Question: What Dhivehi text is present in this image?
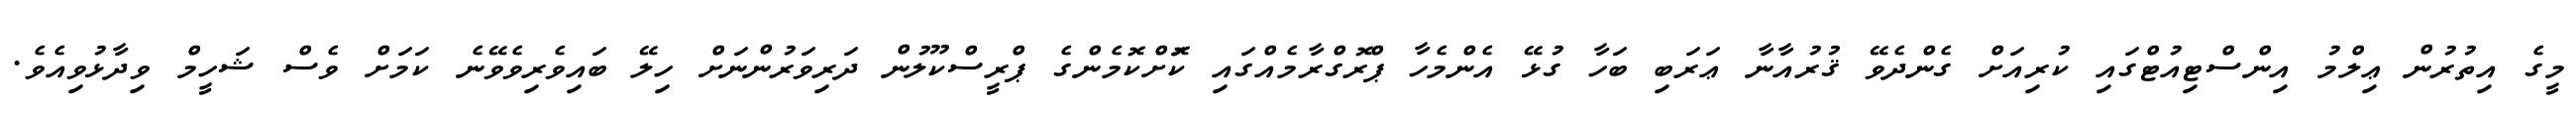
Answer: މީގެ އިތުރުން ޢިލްމު އިންސްޓިއުޓްގައި ކުރިއަށް ގެންދެވޭ ޤުރުއާނާ ޢަރަބި ބަހާ ގުޅޭ އެންމެހާ ޕްރޮގްރާމެއްގައި ކޮަށްކޮމެންގެ ޕްރީސްކޫލުން ދަރިވަރުންނަށް ހިލޭ ބައިވެރިވެވޭނެ ކަމަށް ވެސް ޝަހީމް ވިދާޅުވިއެވެ.